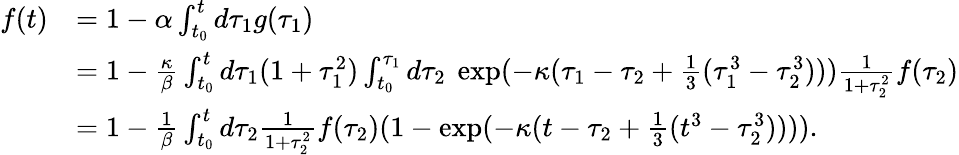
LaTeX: \begin{array}{rl}{f(t)}&{=1-\alpha\int_{t_{0}}^{t}d\tau_{1}g(\tau_{1})}\\ &{=1-\frac\kappa\beta\int_{t_{0}}^{t}d\tau_{1}(1+\tau_{1}^{2})\int_{t_{0}}^{\tau_{1}}d\tau_{2}\ \exp(-\kappa(\tau_{1}-\tau_{2}+\frac 13(\tau_{1}^{3}-\tau_{2}^{3})))\frac 1{1+\tau_{2}^{2}}f(\tau_{2})}\\ &{=1-\frac 1\beta\int_{t_{0}}^{t}d\tau_{2}\frac 1{1+\tau_{2}^{2}}f(\tau_{2})(1-\exp(-\kappa(t-\tau_{2}+\frac 13(t^{3}-\tau_{2}^{3})))).}\end{array}